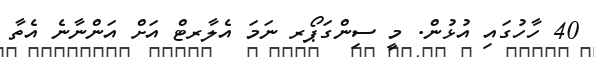
40 ހާހުގައި އުޅުން. މީ ސިންގަޕޯރ ނަމަ އެލާރޓް އަށް އަންނާނެ އެތާ